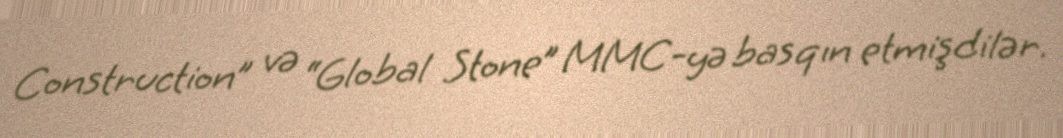
Construction” və “Global Stone” MMC-yə basqın etmişdilər.